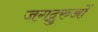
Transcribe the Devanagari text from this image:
जगद्गुरुओं